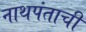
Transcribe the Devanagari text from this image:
नाथपंताची